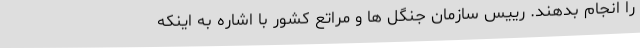
را انجام بدهند. رییس سازمان جنگل ها و مراتع کشور با اشاره به اینکه